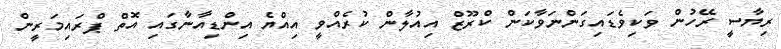
ރިޔާސީ ރޭހުން ވަކިވެޑައިގަންނަވާކަން ކްރޫޒް އިއުލާން ކުރެއްވީ އިއްޔެ އިންޑިއާނާގައި އޮތް ޕްރައިމަރީން